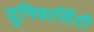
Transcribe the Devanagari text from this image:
युनिवार्सिटी